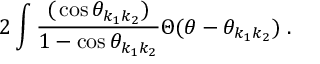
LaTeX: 2 \int \frac { \d ( \cos \theta _ { k _ { 1 } k _ { 2 } } ) } { 1 - \cos \theta _ { k _ { 1 } k _ { 2 } } } \Theta ( \theta - \theta _ { k _ { 1 } k _ { 2 } } ) \; .